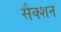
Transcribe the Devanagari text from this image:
सैक्शन